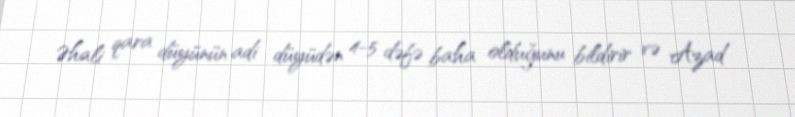
Əhali qara düyünün adi düyüdən 4-5 dəfə baha olduğunu bildirir və Azad